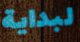
لبداية